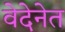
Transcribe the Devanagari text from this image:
वेदेनेत